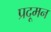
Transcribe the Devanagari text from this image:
प्रदूमन